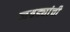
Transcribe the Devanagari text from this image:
जबड्यांची